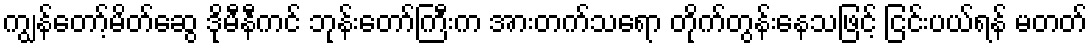
ကျွန်တော့်မိတ်ဆွေ ဒိုမီနီကင် ဘုန်းတော်ကြီးက အားတက်သရော တိုက်တွန်းနေသဖြင့် ငြင်းပယ်ရန် မတတ်